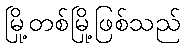
မြို့တစ်မြို့ဖြစ်သည်